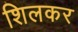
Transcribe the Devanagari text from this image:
शिलकर